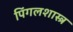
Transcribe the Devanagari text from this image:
पिंगलशास्त्र